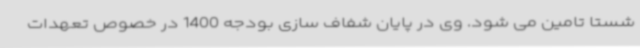
شستا تامین می شود. وی در پایان شفاف سازی بودجه 1400 در خصوص تعهدات